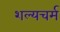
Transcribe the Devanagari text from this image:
शल्यचर्म